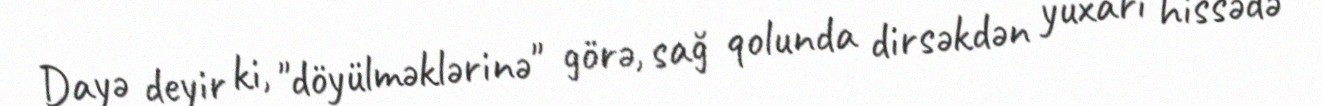
Dayə deyir ki, "döyülməklərinə" görə, sağ qolunda dirsəkdən yuxarı hissədə